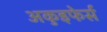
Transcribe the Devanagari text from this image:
अकुइफेर्स